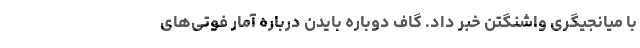
با میانجیگری واشنگتن خبر داد. گاف دوباره بایدن درباره آمار فوتی‌های